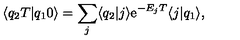
\langle q _ { 2 } T | q _ { 1 } 0 \rangle = \sum _ { j } \langle q _ { 2 } | j \rangle \mathrm { e } ^ { - E _ { j } T } \langle j | q _ { 1 } \rangle ,